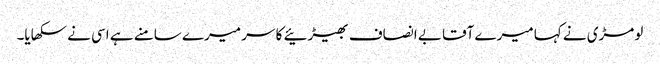
لومڑی نے کہا میرے آقا بے انصاف بھیڑئیے کا سر میرے سامنے ہے اسی نے سکھایا۔